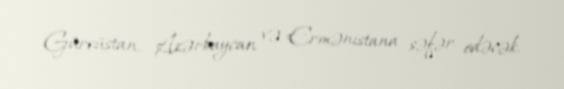
Gürcüstan, Azərbaycan və Ermənistana səfər edəcək.